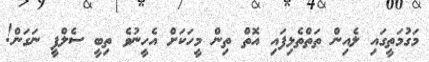
މަގުމަތީގައި ލެއިން ތަތްތެޅިފައި އޮތް ތިން މީހަކަށް އެހީނުވެ ތިބީ ސެލްފީ ނަގަން!